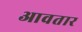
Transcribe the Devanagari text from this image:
आवतार